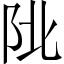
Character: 𨸾